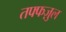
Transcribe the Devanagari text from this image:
तफ्फज़ुल